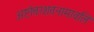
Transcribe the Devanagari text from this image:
अष्टोत्तरशतनामावलि